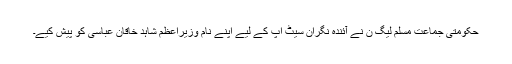
حکومتی جماعت مسلم لیگ ن نے آئندہ نگران سیٹ اپ کے لیے اپنے نام وزیراعظم شاہد خاقان عباسی کو پیش کیے۔